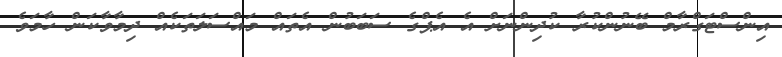
އިންސްޓަގްރާމް ބޭނުންކުރާ ކުދިންނަށް އެ އެޕްގެ ސަބަބުން އެތައް މައްސަލަތަކެއް ދިމާވާކަން ހާމަވެ